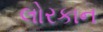
લોરકાન